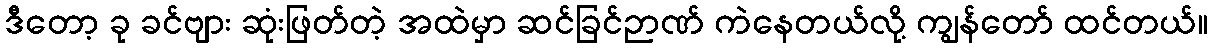
ဒီတော့ ခု ခင်ဗျား ဆုံးဖြတ်တဲ့ အထဲမှာ ဆင်ခြင်ဉာဏ် ကဲနေတယ်လို့ ကျွန်တော် ထင်တယ်။